system: You are a helpful assistant.
user:
Analyze the provided spectrum to determine if it is a **"Cataclysmic Variables (CV)"**.

- **Key Indicators for CV (Check for either state):**
    - **State 1: Quiescent / Low-State (Emission-Dominated)**
        - **(Primary):** Strong and *very broad* Hydrogen Balmer emission lines (e.g., $H\alpha$ at 6563 Å, $H\beta$ at 4861 Å). The 'broadness' (high velocity dispersion, often FWHM > 1000 km/s) is the key diagnostic, indicating a high-velocity accretion disk.
        - **(Secondary):** Broad neutral Helium (He I) emission lines (e.g., 5876 Å, 6678 Å).
        - **(Key Confirmation):** Presence of high-excitation *ionized* Helium (He II) emission at 4686 Å. This is a strong indicator of accretion onto a white dwarf.
        - **(Line Profile):** Emission lines may exhibit a 'double-peaked' profile, which is a classic signature of a rotating accretion disk viewed at high inclination.

    - **State 2: Outburst / High-State (Absorption-Dominated)**
        - **(Primary):** Spectrum is dominated by a bright, blue continuum (looks like a hot star).
        - **(Secondary):** The emission lines from State 1 are weak, absent, or 'filled in', and are replaced by broad, shallow *absorption* lines (primarily Balmer and He I).
        - **(Morphology):** The overall spectrum mimics a hot B/A-type star. The crucial difference is that the absorption lines are significantly broader, shallower, and more 'washed-out' (or 'smeared') than the sharp lines of a normal stellar photosphere, due to high rotational speeds and pressure broadening in the disk.

Think first, call **spectral_visualization_tool** if needed to examine features in detail, then provide your final answer. Your response must adhere to the following strict rules:
1.  **Overall Structure:** Your response must follow the format `<think>...</think> <tool_call>...</tool_call> (if a tool is used) <answer>...</answer>`.
2.  **Tool Usage Constraint:** You may only make **one** tool call per turn.
3.  **Final Answer Format:** In the `<answer>` tag, your conclusion must be inside a `\boxed{}` command (e.g., `\boxed{YES}`), followed by your justification.

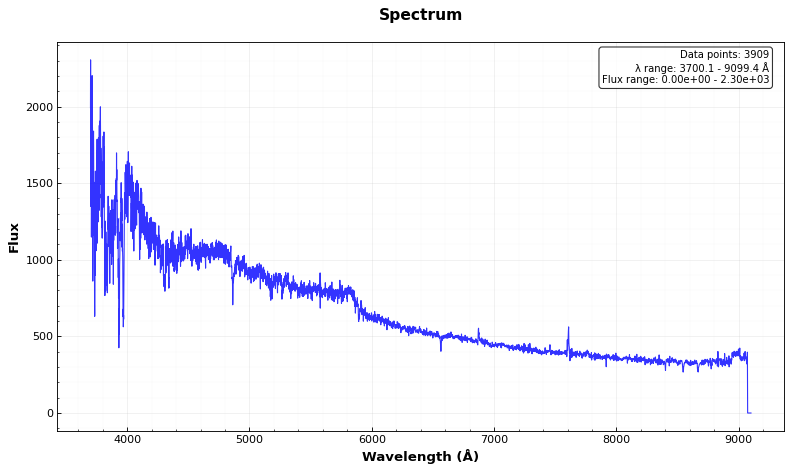
Answer: NO